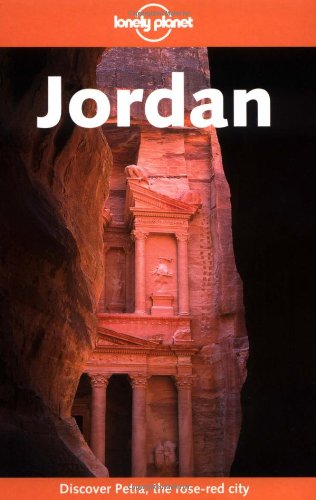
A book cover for Lonely Planet Jordan; Paul Greenway; Travel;